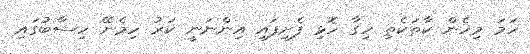
ހަމަ މިހެން ކާތަކެތި ހިގާ ހޮޅި ފެށިފައި އިންނަނީ ކަރު ހިމެނޭ ހިސާބުގައި